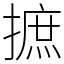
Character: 摭